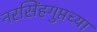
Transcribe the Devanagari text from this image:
नरसिंहगुप्तच्या